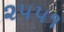
૨૫૫૧